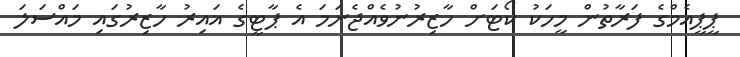
ޕީޕީއެމްގެ ފަރާތުން މީހަކު ކޯޓަށް ހާޒިރުނުވެއްޖެނަމަ އެ ޕާޓީގެ ޣައިރު ހާޒިރުގައި މައްސަލަ